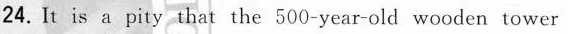
24. It is a pity that the 500-year-old wooden tower